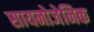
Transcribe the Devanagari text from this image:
सायनोजेनिक